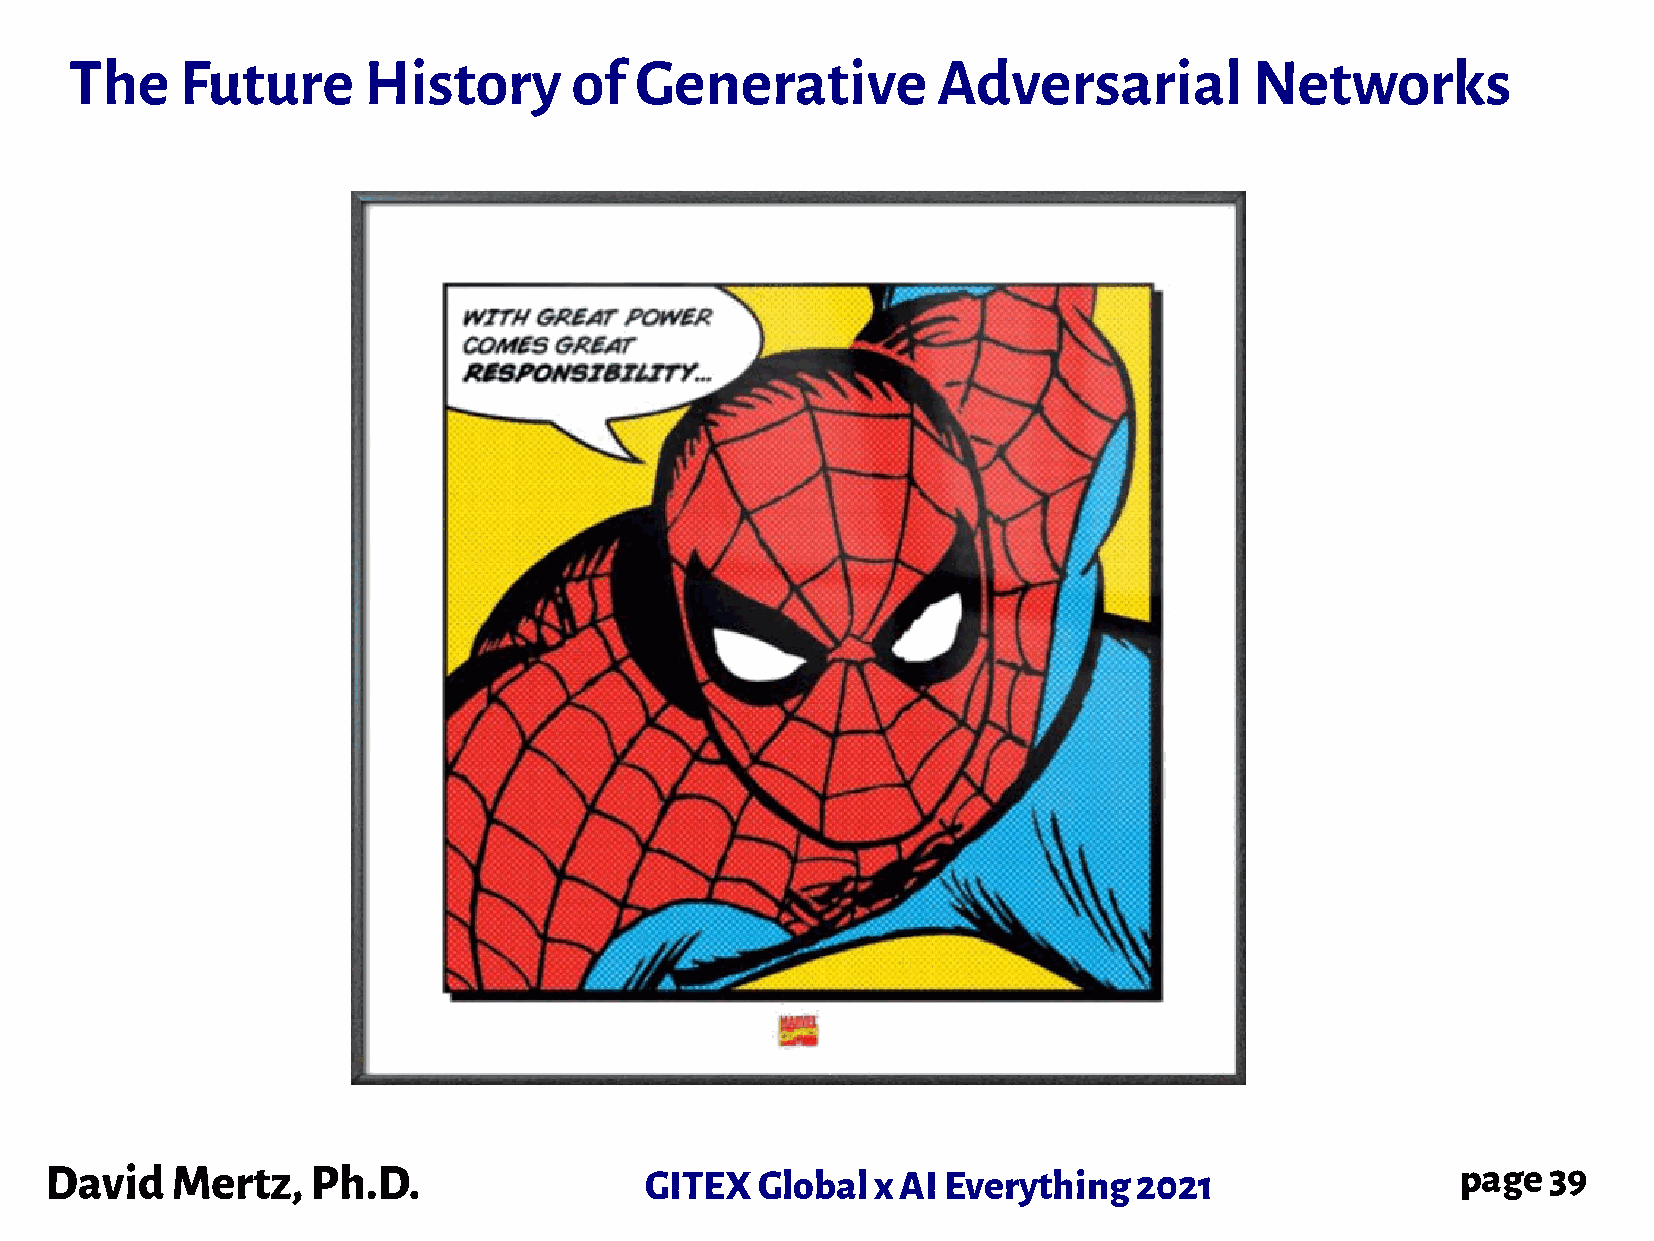
The    Future      History       of  Generative          Adversarial          Networks
 David   Mertz,    Ph.D.                 GITEX  Global  x AI Everything  2021                  page  39